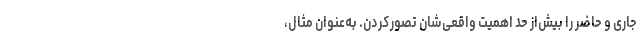
جاری و حاضر را بیش‌از حد اهمیت واقعی‌شان تصورکردن. به‌عنوان مثال،